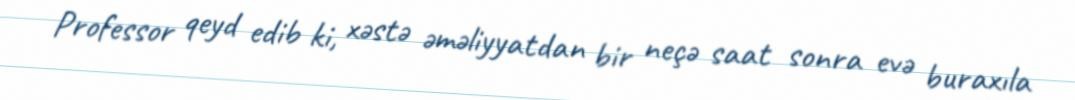
Professor qeyd edib ki, xəstə əməliyyatdan bir neçə saat sonra evə buraxıla